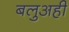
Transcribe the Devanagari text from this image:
बलुअही